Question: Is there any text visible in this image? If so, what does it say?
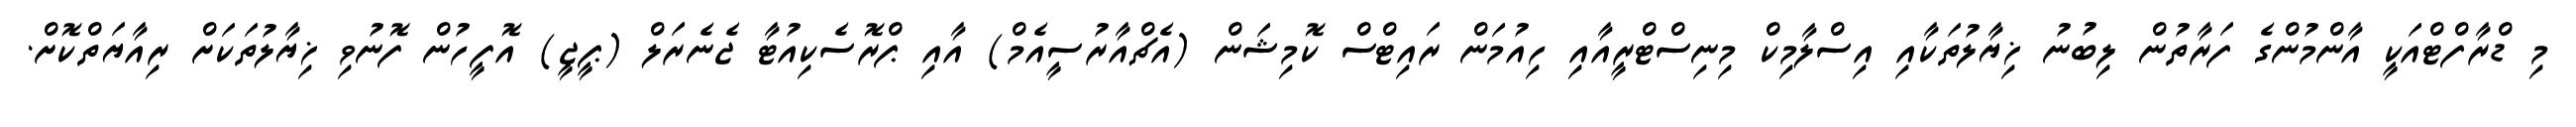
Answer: މި ޑްރާފްޓްއަކީ އާންމުންގެ ފަރާތުން ލިބުނު ޚިޔާލުތަކާއި އިސްލާމިކް މިނިސްޓްރީއާއި ހިއުމަން ރައިޓްސް ކޮމިޝަން (އެޗްއާރުސީއެމް) އާއި ޕްރޮސެކިއުޓާ ޖެނެރަލް (ޕީޖީ) އޮފީހުން ފޮނުވި ޚިޔާލުތަކަށް ރިއާޔަތްކޮށް.